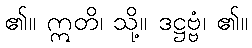
၏။ ဣတိ၊ သို့။ ဒဋ္ဌဗ္ဗံ၊ ၏။